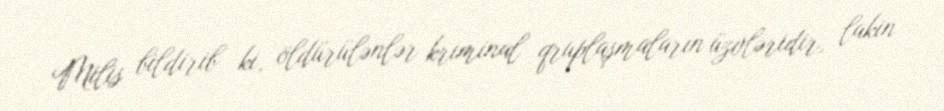
Milis bildirib ki, öldürülənlər kriminal qruplaşmaların üzvləridir, lakin